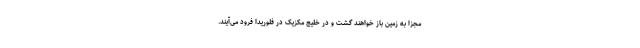
مجزا به زمین باز خواهند گشت و در خلیج مکزیک در فلوریدا فرود می‌آیند.